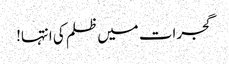
گجرات میں ظلم کی انتہا!